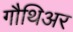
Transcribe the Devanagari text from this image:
गौथिअर